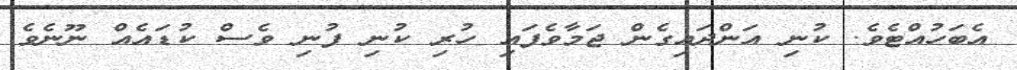
އެބަހުއްޓެވެ. ކުނި އަންދައިގެން ޖަމާވެފައި ހުރި ކުނި ފުނި ވެސް ކުޑައެއް ނޫނެވެ.